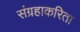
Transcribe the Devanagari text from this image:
संग्रहाकरिता